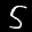
Label: 5